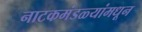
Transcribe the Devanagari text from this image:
नाटकमंडळ्यांमधून